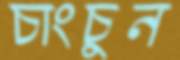
চাংচুন